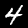
Label: 4